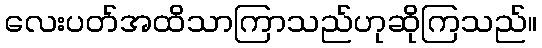
လေးပတ်အထိသာကြာသည်ဟုဆိုကြသည်။